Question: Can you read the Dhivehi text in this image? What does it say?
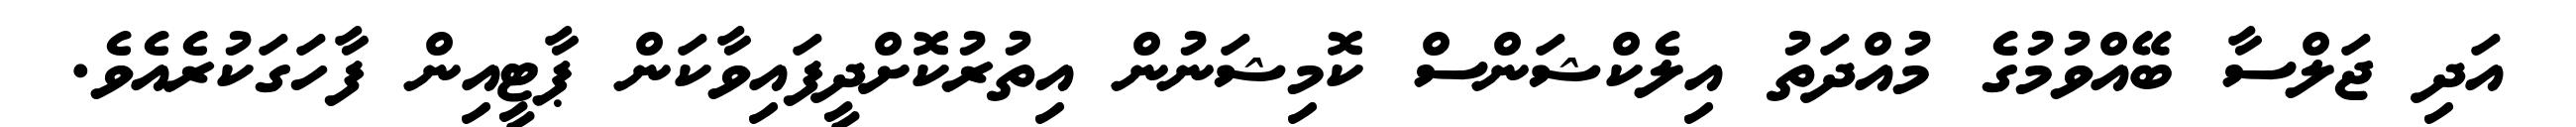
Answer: އަދި ޖަލްސާ ބޭއްވުމުގެ މުއްދަތު އިލެކްޝަންސް ކޮމިޝަނުން އިތުރުކޮށްދީފައިވާކަން ޕާޓީއިން ފާހަގަކުރެއެވެ.